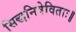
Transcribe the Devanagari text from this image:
सिद्धनिषेविताः॥